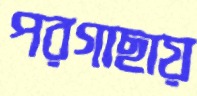
পরগাছায়